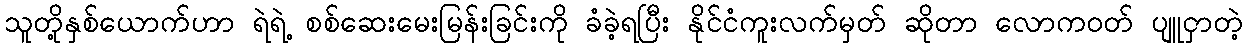
သူတို့နှစ်ယောက်ဟာ ရဲရဲ့ စစ်ဆေးမေးမြန်းခြင်းကို ခံခဲ့ရပြီး နိုင်ငံကူးလက်မှတ် ဆိုတာ လောကဝတ် ပျူငှာတဲ့